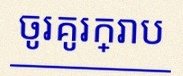
ចូរគូរក្រាប